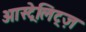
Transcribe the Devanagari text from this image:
आस्ट्रेलिट्ज़